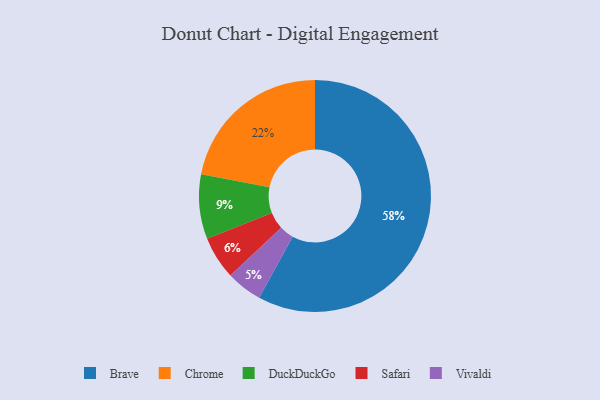
{"axis": {"x": "Category", "y": "Percentage"}, "legend": ["Brave", "Chrome", "DuckDuckGo", "Safari", "Vivaldi"], "data": [{"x": "DuckDuckGo", "y": 9, "type": "DuckDuckGo"}, {"x": "Safari", "y": 6, "type": "Safari"}, {"x": "Brave", "y": 58, "type": "Brave"}, {"x": "Chrome", "y": 22, "type": "Chrome"}, {"x": "Vivaldi", "y": 5, "type": "Vivaldi"}]}